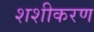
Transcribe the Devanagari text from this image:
शशीकरण